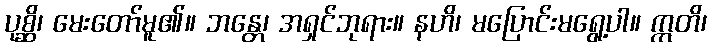
ပုစ္ဆိ၊ မေးတော်မူ၏။ ဘန္တေ၊ အရှင်ဘုရား။ နဟိ၊ မပြောင်းမရွေ့ပါ။ ဣတိ၊